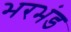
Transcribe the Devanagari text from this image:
भरभंड